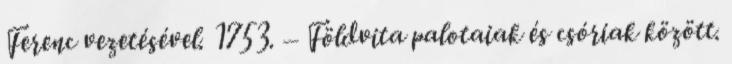
Ferenc vezetésével. 1753. – Földvita palotaiak és csóriak között.